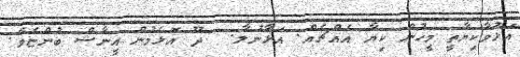
އަޅުވާކިޔާތީ މީހުން ކިޔާ އެއްޗެއް. އަޅާނުލާ.  ދޫ އޮޅެމުން އީނާޝް ބުންޏެވެ.